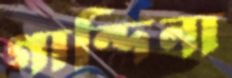
গান্দিনা